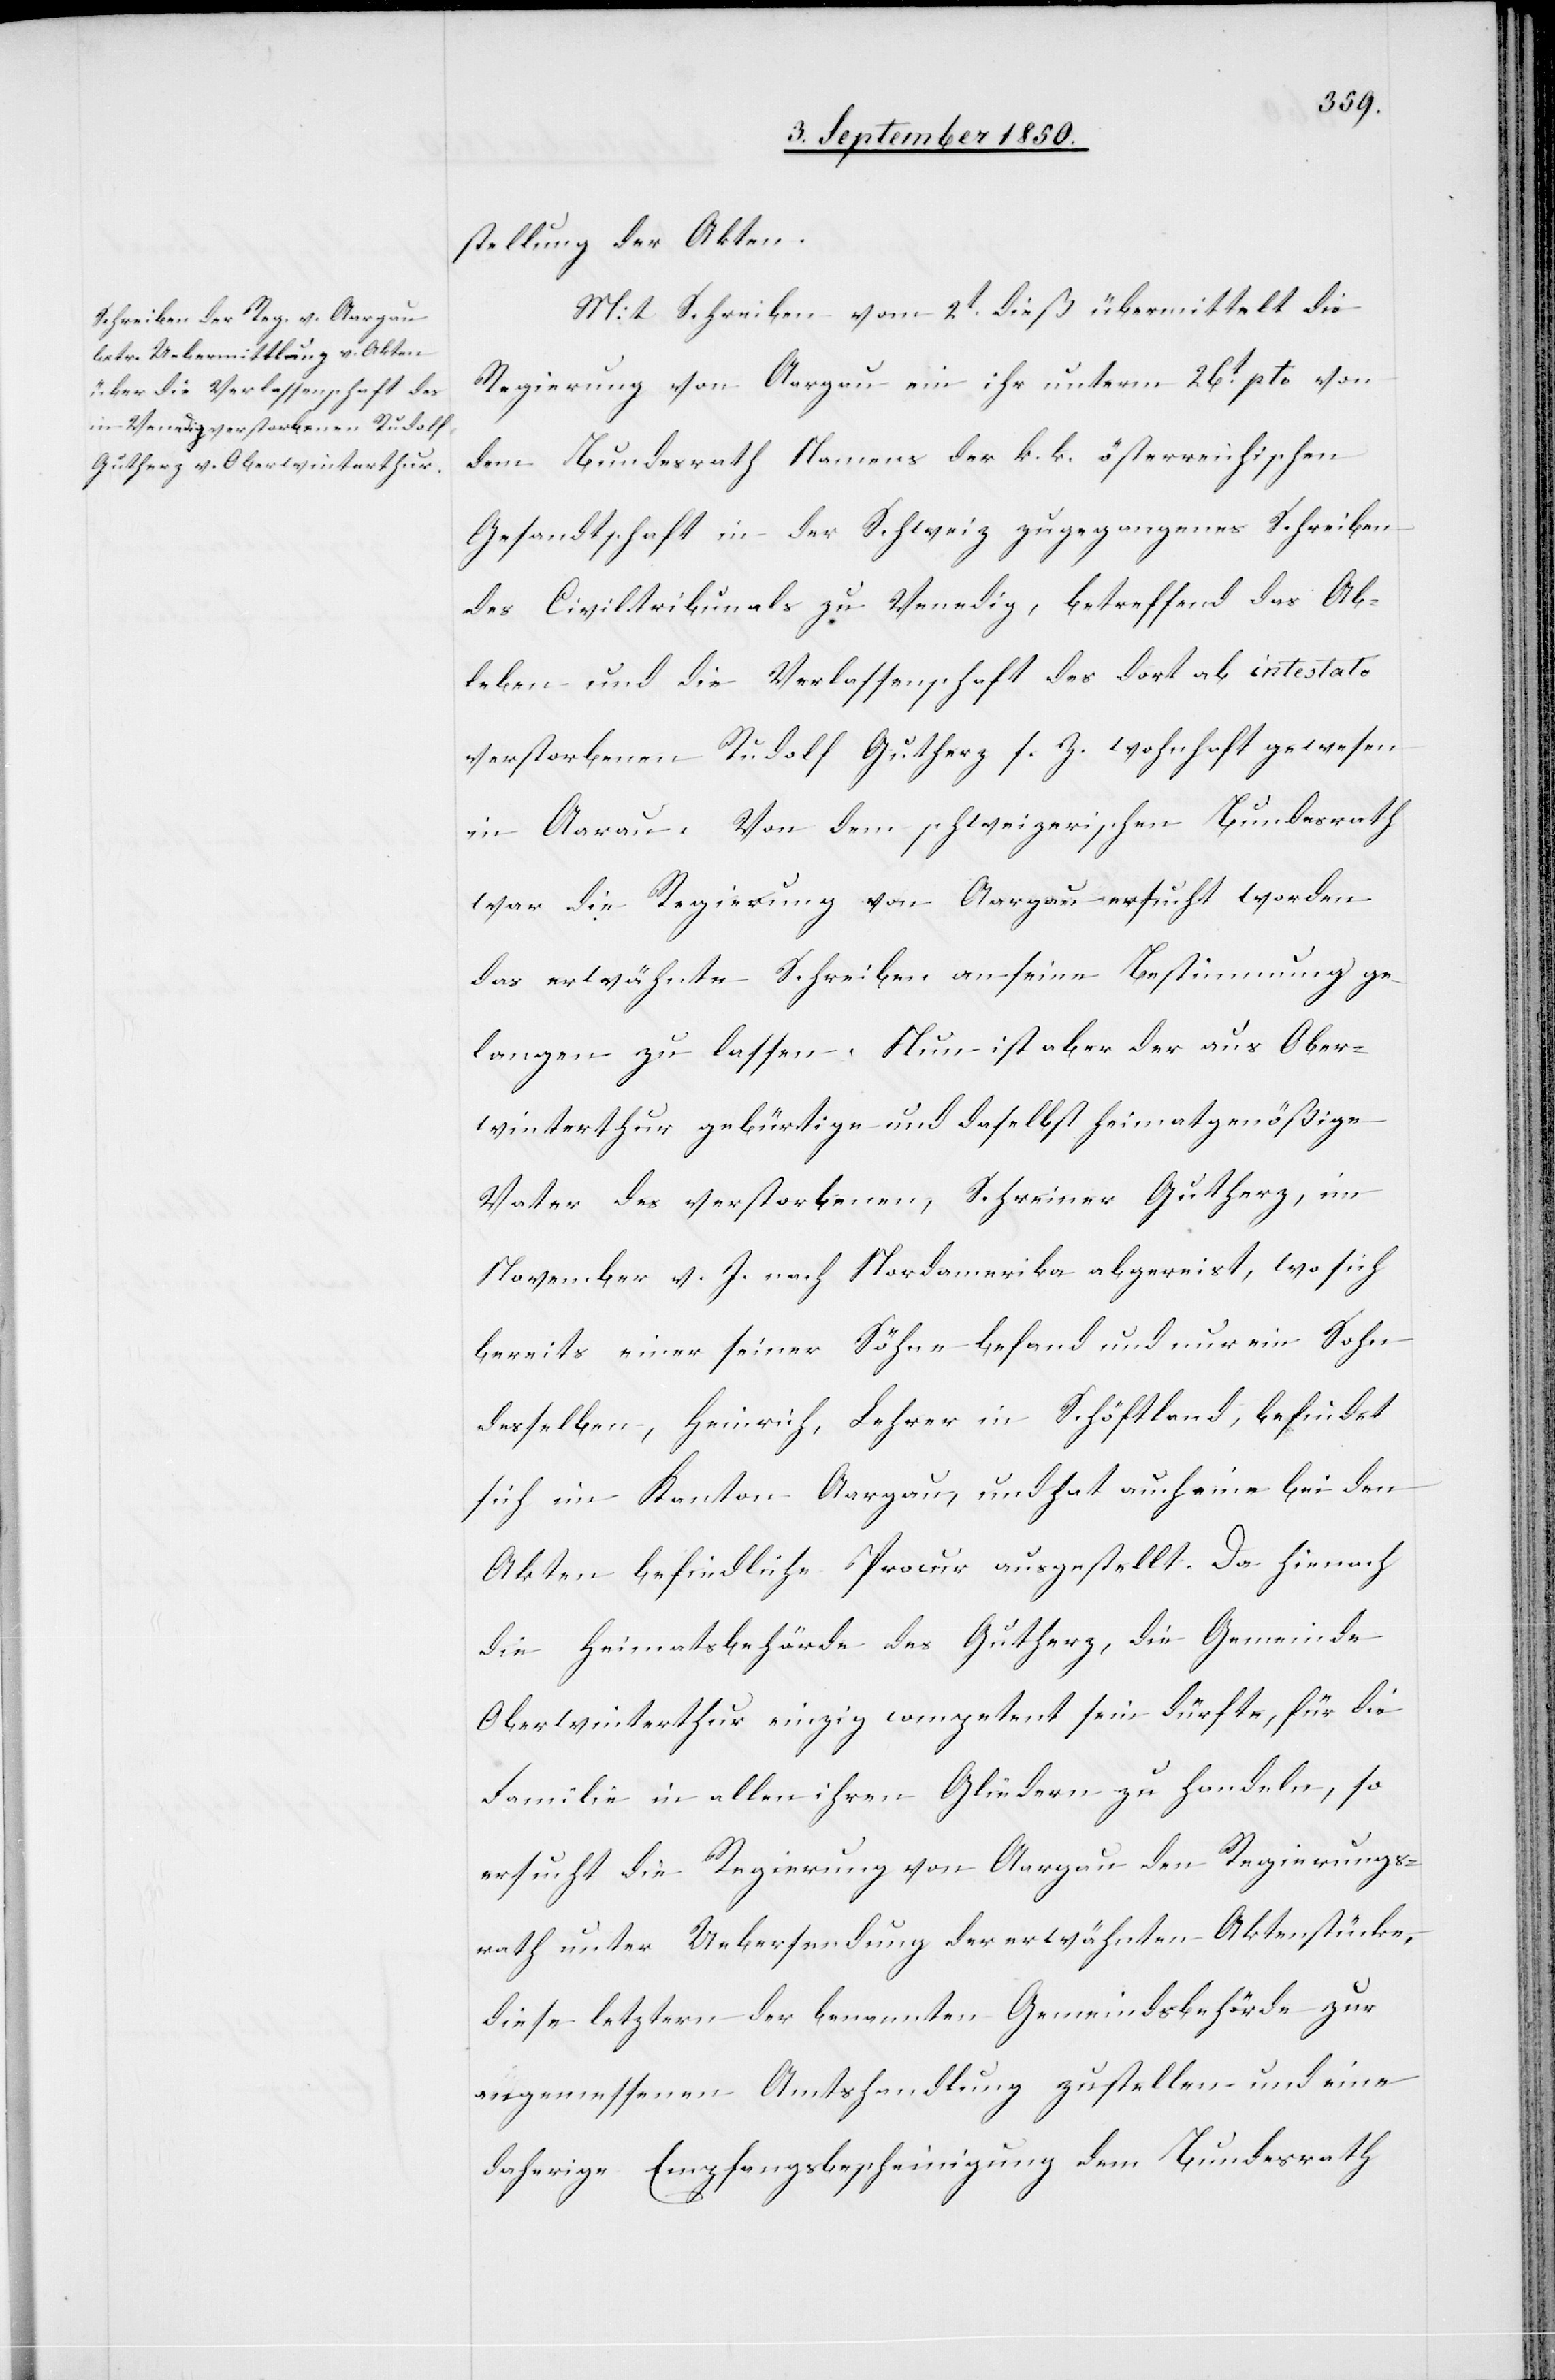
sendung der Akten.
Mit Schreiben vom 2t dieß übermittelt die
Regierung von Aargau ein ihr unterm 26t pto von
dem Bundesrath Namens der k. k. österreichischen
Gesandtschaft in der Schweiz zugegangenes Schreiben
des Civiltribunals zu Venedig, betreffend das Ab¬
leben und die Verlassenschaft des dort ab intestato
verstorbenen Rudolf Gutherz s. Z. wohnhaft gewesen
in Aarau. Von dem schweizerischen Bundesrath
war die Regierung von Aargau ersucht worden
das erwähnte Schreiben an seine Bestimmung ge¬
langen zu lassen. Nun ist aber der aus Ober¬
winterthur gebürtige und daselbst heimatgenößige
Vater des verstorbenen, Schreiner Gutherz, im
November v. J. nach Nordamerika abgereist, wo sich
bereits einer seiner Söhne befand und nur ein Sohn
desselben, Heinrich, Lehrer in Schöftland, befindet
sich im Kanton Aargau, und hat auch eine bei den
Akten befindliche Procur ausgestellt. Da hienach
die Heimatsbehörde des Gutherz, die Gemeinde
Oberwinterthur einzig competent sein dürfte, für die
Familie in allen ihren Gliedern zu handeln, so
ersucht die Regierung von Aargau den Regierungs¬
rath unter Uebersendung der erwähnten Aktenstücke,
diese letztern der benannten Gemeindsbehörde zur
angemessenen Amtshandlung zustellen und eine
daherige Empfangsbescheinigung dem Bundesrath